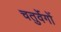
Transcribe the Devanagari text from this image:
चतुर्वेगों